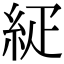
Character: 𥿇